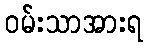
ဝမ်းသာအားရ